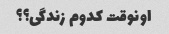
اونوقت کدوم زندگی؟؟